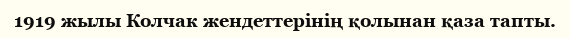
1919 жылы Колчак жендеттерінің қолынан қаза тапты.